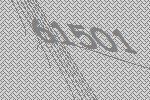
61501